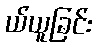
ယ်ယူခြင်း